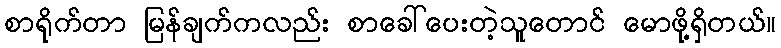
စာရိုက်တာ မြန်ချက်ကလည်း စာခေါ်ပေးတဲ့သူတောင် မောဖို့ရှိတယ်။